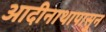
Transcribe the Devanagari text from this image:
आदीनाथापासुन